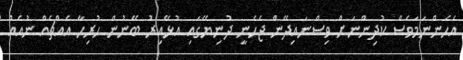
އެހެންނަމަވެސް ކުދިންނަށް ވިސްނައިދޭން ޖެހެނީ ދުނިޔޭގައި އުޅޭއިރު ބޭނުން ހުރިހާ އެއްޗެއް ނުއެއް